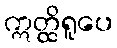
ဣတ္ထိရူပေ